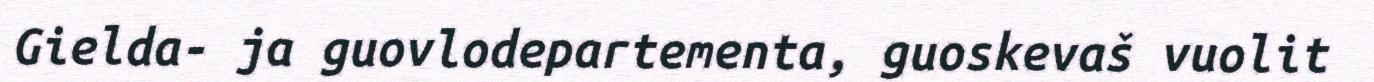
Gielda- ja guovlodepartementa, guoskevaš vuolit